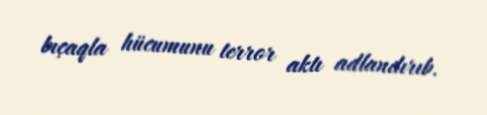
bıçaqla hücumunu terror aktı adlandırıb.